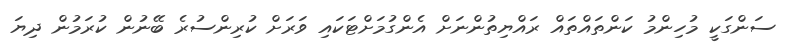
ސަންގަކީ މުހިންމު ކަންތައްތައް ރައްޔިތުންނަށް އެންގުމަށްޓަކައި ވަރަށް ކުރިންސުރެ ބޭނުން ކުރަމުން ދިޔަ